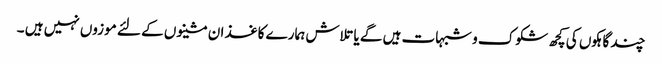
چند گاہکوں کی کچھ شکوک و شبہات ہیں گے یا تلاش ہمارے کاغذ ان مشینوں کے لئے موزوں نہیں ہیں ۔